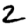
Digit: 2